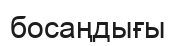
босаңдығы